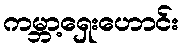
ကမ္ဘာ့ရှေးဟောင်း